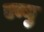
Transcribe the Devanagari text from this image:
एन्यु